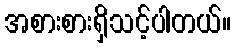
အစားစားရှိသင့်ပါတယ်။